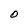
Character: O